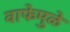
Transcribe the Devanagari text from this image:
वाफेमुळे